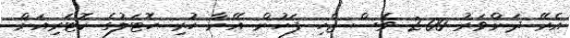
އެރޭ ދަންވަރު 2:00 ވެސް ޖެހި ފަހުން އޭނާ ހުރި ހޮޓަލުގެ ކޮޓަރިއަށް